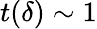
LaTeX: t(\delta)\sim 1